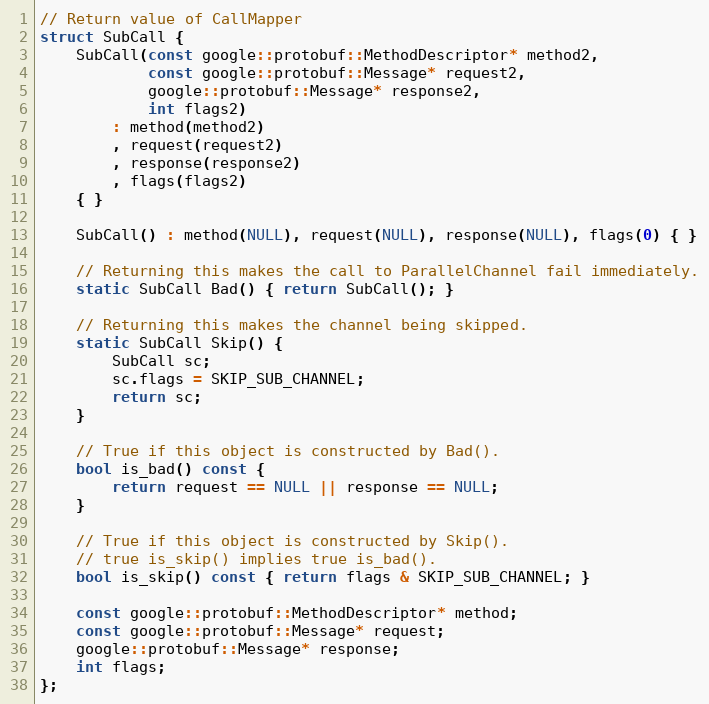
Language: C
// Return value of CallMapper
struct SubCall {
    SubCall(const google::protobuf::MethodDescriptor* method2,
            const google::protobuf::Message* request2,
            google::protobuf::Message* response2,
            int flags2)
        : method(method2)
        , request(request2)
        , response(response2)
        , flags(flags2)
    { }

    SubCall() : method(NULL), request(NULL), response(NULL), flags(0) { }

    // Returning this makes the call to ParallelChannel fail immediately.
    static SubCall Bad() { return SubCall(); }

    // Returning this makes the channel being skipped.
    static SubCall Skip() {
        SubCall sc;
        sc.flags = SKIP_SUB_CHANNEL;
        return sc;
    }

    // True if this object is constructed by Bad().
    bool is_bad() const {
        return request == NULL || response == NULL;
    }

    // True if this object is constructed by Skip().
    // true is_skip() implies true is_bad().
    bool is_skip() const { return flags & SKIP_SUB_CHANNEL; }

    const google::protobuf::MethodDescriptor* method;
    const google::protobuf::Message* request;
    google::protobuf::Message* response;
    int flags;
};